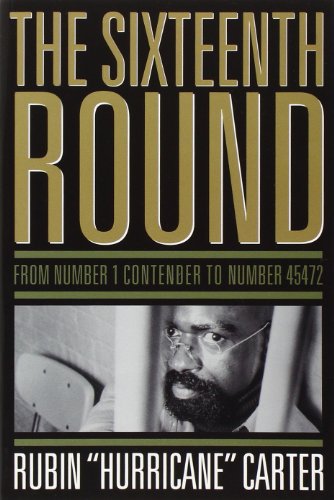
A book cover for The Sixteenth Round: From Number 1 Contender to Number 45472; Rubin "Hurricane" Carter; Biographies & Memoirs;